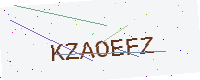
Text: KZAOEFZ